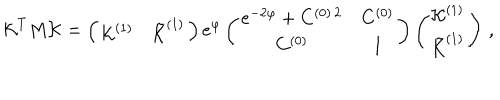
LaTeX: { \cal K } ^ { T } M { \cal K } = \left( \begin{array} { c c } { { { \cal K } ^ { ( 1 ) } } } & { { { \tilde { \cal K } } ^ { ( 1 ) } } } \\ \end{array} \right) e ^ { \varphi } \left( \begin{array} { c c } { { e ^ { - 2 \varphi } + C ^ { ( 0 ) \, 2 } } } & { { C ^ { ( 0 ) } } } \\ { { C ^ { ( 0 ) } } } & { { 1 } } \\ \end{array} \right) \left( \begin{array} { c } { { { \cal K } ^ { ( 1 ) } } } \\ { { { \tilde { \cal K } } ^ { ( 1 ) } } } \\ \end{array} \right) \, ,